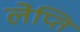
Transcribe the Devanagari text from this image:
लेप्ति